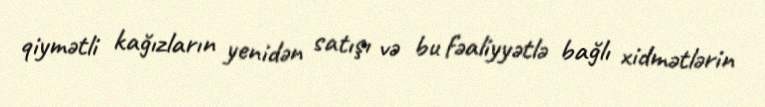
qiymətli kağızların yenidən satışı və bu fəaliyyətlə bağlı xidmətlərin